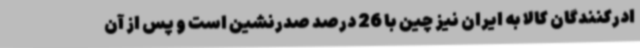
ادرکنندگان کالا به ایران نیز چین با 26 درصد صدرنشین است و پس از آن